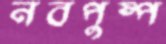
নবপুষ্প